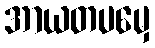
အာယတပမှေ